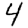
Digit: 4